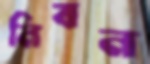
নিবন